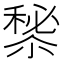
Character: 𥡁